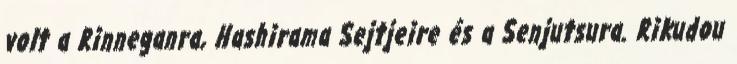
volt a Rinneganra, Hashirama Sejtjeire és a Senjutsura. Rikudou